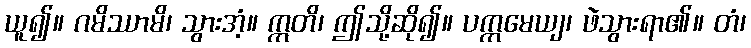
ယူ၍။ ဂမိဿာမိ၊ သွားအံ့။ ဣတိ၊ ဤသို့ဆို၍။ ပက္ကမေယျ၊ ဖဲသွားရာ၏။ တံ၊